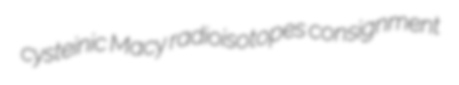
cysteinic Macy radioisotopes consignment